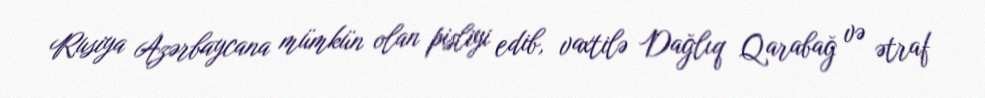
Rusiya Azərbaycana mümkün olan pisliyi edib, vaxtilə Dağlıq Qarabağ və ətraf